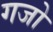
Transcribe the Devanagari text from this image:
गजो